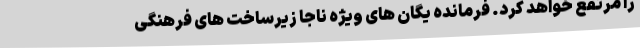
را مرتفع خواهد کرد. فرمانده یگان های ویژه ناجا زیرساخت های فرهنگی